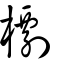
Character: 檦